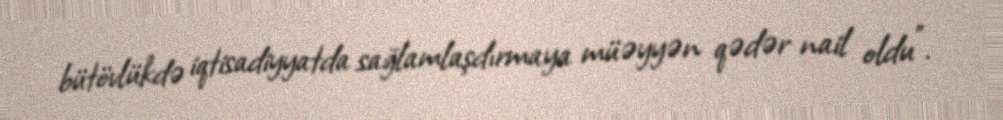
bütövlükdə iqtisadiyyatda sağlamlaşdırmaya müəyyən qədər nail oldu”.